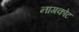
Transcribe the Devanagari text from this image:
नागकोट